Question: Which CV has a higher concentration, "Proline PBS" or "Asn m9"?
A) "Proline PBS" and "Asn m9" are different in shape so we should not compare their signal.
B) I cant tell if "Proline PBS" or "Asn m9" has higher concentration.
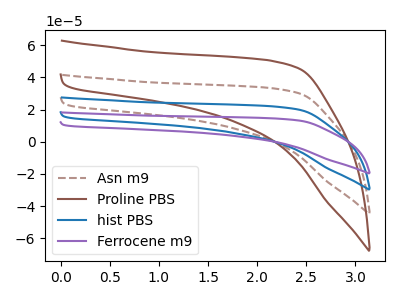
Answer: <think>The brown dashed curve "Asn m9" has no peaks. The brown curve "Proline PBS" has no peaks. The blue curve "hist PBS" has no peaks. The purple curve "Ferrocene m9" has no peaks.
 Neither "Proline PBS" or "Asn m9" have any peaks.</think>
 <answer>B) I cant tell if "Proline PBS" or "Asn m9" has higher concentration.</answer>
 <eval>B</eval>